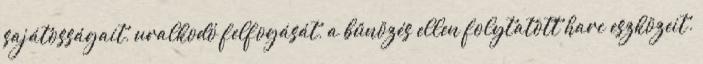
sajátosságait, uralkodó felfogását, a bűnözés ellen folytatott harc eszközeit.